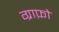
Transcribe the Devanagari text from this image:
ग्राफ़ो